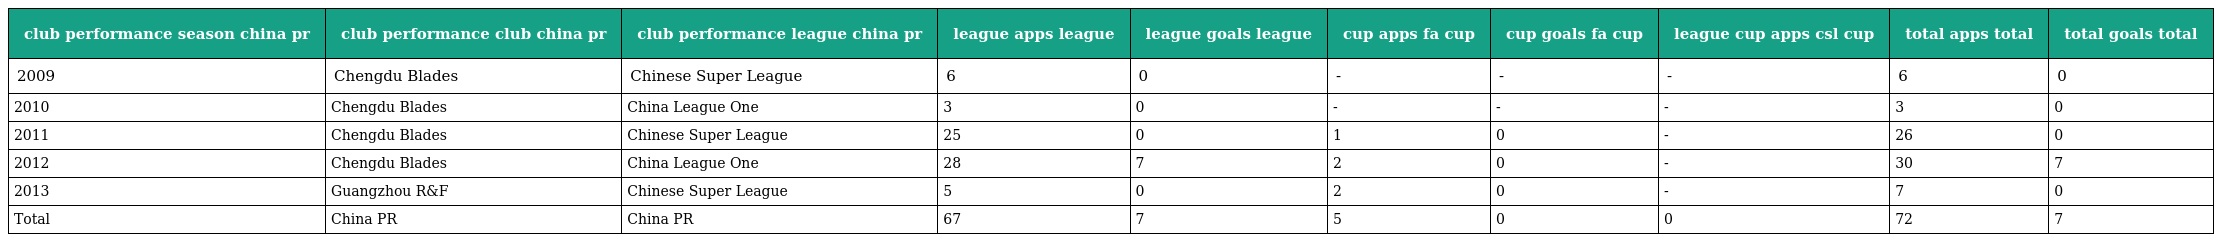
| club performance season china pr | club performance club china pr | club performance league china pr | league apps league | league goals league | cup apps fa cup | cup goals fa cup | league cup apps csl cup | total apps total | total goals total |
 | --- | --- | --- | --- | --- | --- | --- | --- | --- | --- |
 | 2009 | Chengdu Blades | Chinese Super League | 6 | 0 | - | - | - | 6 | 0 |
 | 2010 | Chengdu Blades | China League One | 3 | 0 | - | - | - | 3 | 0 |
 | 2011 | Chengdu Blades | Chinese Super League | 25 | 0 | 1 | 0 | - | 26 | 0 |
 | 2012 | Chengdu Blades | China League One | 28 | 7 | 2 | 0 | - | 30 | 7 |
 | 2013 | Guangzhou R&F | Chinese Super League | 5 | 0 | 2 | 0 | - | 7 | 0 |
 | Total | China PR | China PR | 67 | 7 | 5 | 0 | 0 | 72 | 7 |